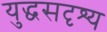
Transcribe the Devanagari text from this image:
युद्धसदृश्य